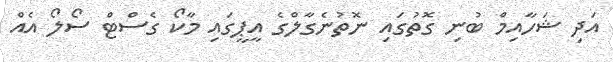
އަދި ޝަހާއިމް ބުނި ގޮތުގައި ނޮތުނެގާލްގެ އީޕީގައި މާކޯ ގެސްޓް ސޯލޯ އެއް